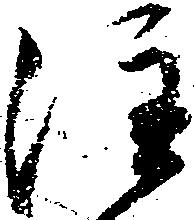
注